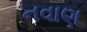
નવાણ